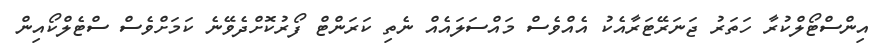
އިންސްޓޯލްކުރާ ހަތަރު ޖަނަރޭޓަރާއެކު އެއްވެސް މައްސަލައެއް ނެތި ކަރަންޓް ފޯރުކޮށްދެވޭނެ ކަމަށްވެސް ސްޓެލްކޯއިން